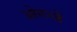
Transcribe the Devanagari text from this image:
ओगन्जें